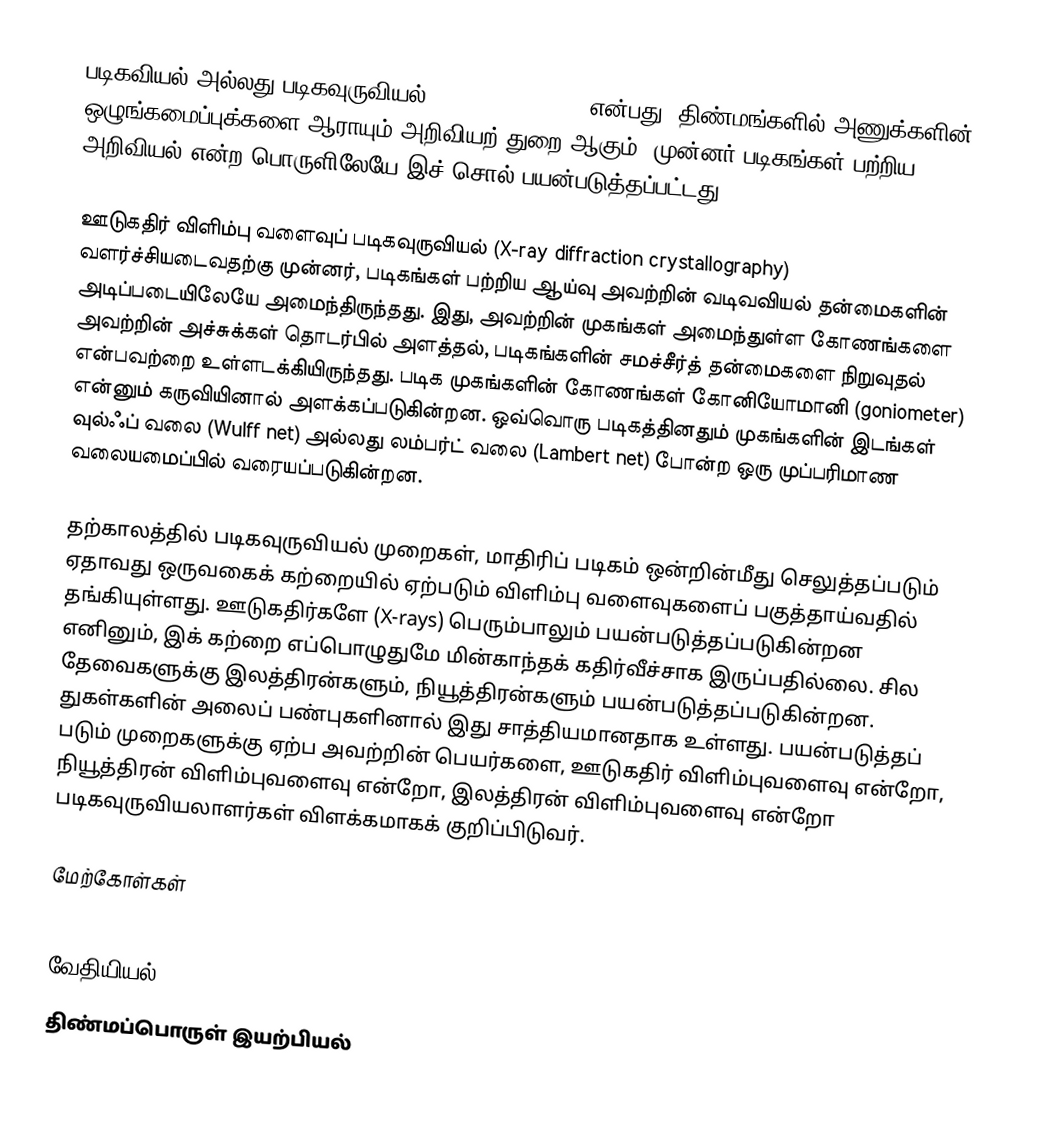
படிகவியல் அல்லது படிகவுருவியல் (crystallography) என்பது, திண்மங்களில் அணுக்களின் ஒழுங்கமைப்புக்களை ஆராயும் அறிவியற் துறை ஆகும். முன்னர் படிகங்கள் பற்றிய அறிவியல் என்ற பொருளிலேயே இச் சொல் பயன்படுத்தப்பட்டது.

ஊடுகதிர் விளிம்பு வளைவுப் படிகவுருவியல் (X-ray diffraction crystallography) வளர்ச்சியடைவதற்கு முன்னர், படிகங்கள் பற்றிய ஆய்வு அவற்றின் வடிவவியல் தன்மைகளின் அடிப்படையிலேயே அமைந்திருந்தது. இது, அவற்றின் முகங்கள் அமைந்துள்ள கோணங்களை அவற்றின் அச்சுக்கள் தொடர்பில் அளத்தல், படிகங்களின் சமச்சீர்த் தன்மைகளை நிறுவுதல் என்பவற்றை உள்ளடக்கியிருந்தது. படிக முகங்களின் கோணங்கள் கோனியோமானி (goniometer) என்னும் கருவியினால் அளக்கப்படுகின்றன. ஒவ்வொரு படிகத்தினதும் முகங்களின் இடங்கள் வுல்ஃப் வலை (Wulff net) அல்லது லம்பர்ட் வலை (Lambert net) போன்ற ஒரு முப்பரிமாண வலையமைப்பில் வரையப்படுகின்றன.

தற்காலத்தில் படிகவுருவியல் முறைகள், மாதிரிப் படிகம் ஒன்றின்மீது செலுத்தப்படும் ஏதாவது ஒருவகைக் கற்றையில் ஏற்படும் விளிம்பு வளைவுகளைப் பகுத்தாய்வதில் தங்கியுள்ளது. ஊடுகதிர்களே (X-rays) பெரும்பாலும் பயன்படுத்தப்படுகின்றன எனினும், இக் கற்றை எப்பொழுதுமே மின்காந்தக் கதிர்வீச்சாக இருப்பதில்லை. சில தேவைகளுக்கு இலத்திரன்களும், நியூத்திரன்களும் பயன்படுத்தப்படுகின்றன. துகள்களின் அலைப் பண்புகளினால் இது சாத்தியமானதாக உள்ளது. பயன்படுத்தப் படும் முறைகளுக்கு ஏற்ப அவற்றின் பெயர்களை, ஊடுகதிர் விளிம்புவளைவு என்றோ, நியூத்திரன் விளிம்புவளைவு என்றோ, இலத்திரன் விளிம்புவளைவு என்றோ படிகவுருவியலாளர்கள் விளக்கமாகக் குறிப்பிடுவர்.

மேற்கோள்கள்

வேதியியல்
திண்மப்பொருள் இயற்பியல்